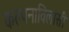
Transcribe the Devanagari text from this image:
कल्पनाविलासी